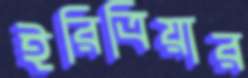
ইরিত্রিয়ার